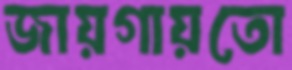
জায়গায়তো